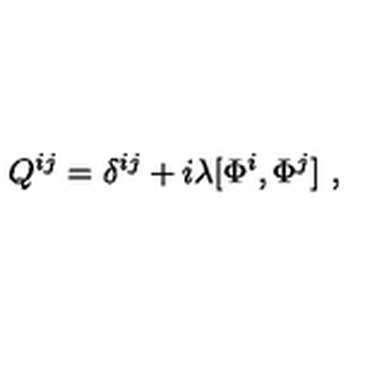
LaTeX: Q ^ { i j } = \delta ^ { i j } + i \lambda [ \Phi ^ { i } , \Phi ^ { j } ] \ ,